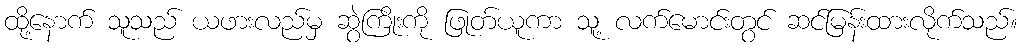
ထို့နောက် သူသည် ယဖားလည်မှ ဆွဲကြိုးကို ဖြုတ်ယူကာ သူ့ လက်မောင်းတွင် ဆင်မြန်းထားလိုက်သည်။